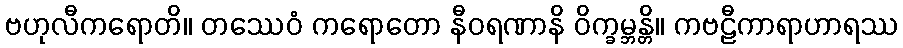
ဗဟုလီကရောတိ။ တဿေဝံ ကရောတော နီဝရဏာနိ ဝိက္ခမ္ဘန္တိ။ ကဗဠီကာရာဟာရဿ